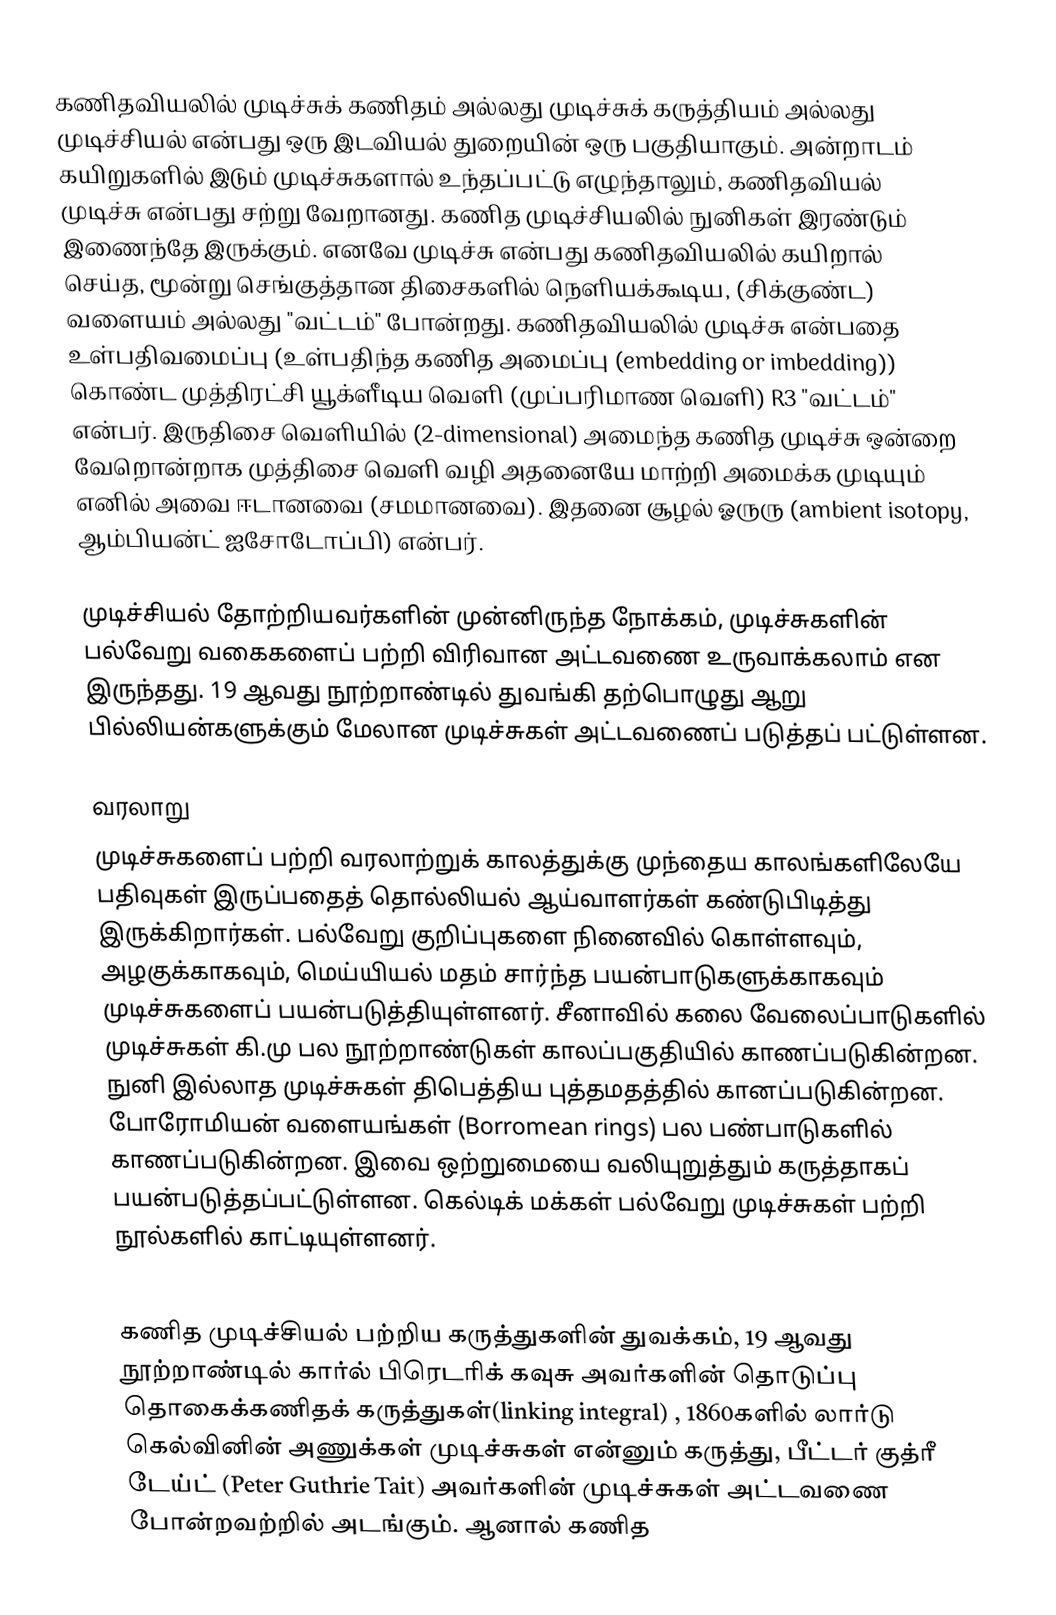
கணிதவியலில் முடிச்சுக் கணிதம் அல்லது முடிச்சுக் கருத்தியம் அல்லது முடிச்சியல் என்பது ஒரு இடவியல் துறையின் ஒரு பகுதியாகும். அன்றாடம் கயிறுகளில் இடும் முடிச்சுகளால் உந்தப்பட்டு எழுந்தாலும், கணிதவியல் முடிச்சு என்பது சற்று வேறானது. கணித முடிச்சியலில் நுனிகள் இரண்டும் இணைந்தே இருக்கும். எனவே முடிச்சு என்பது கணிதவியலில் கயிறால் செய்த, மூன்று செங்குத்தான திசைகளில் நெளியக்கூடிய, (சிக்குண்ட) வளையம் அல்லது "வட்டம்" போன்றது. கணிதவியலில் முடிச்சு என்பதை உள்பதிவமைப்பு (உள்பதிந்த கணித அமைப்பு (embedding or imbedding)) கொண்ட முத்திரட்சி யூக்ளீடிய வெளி (முப்பரிமாண வெளி) R3 "வட்டம்" என்பர். இருதிசை வெளியில் (2-dimensional) அமைந்த கணித முடிச்சு ஒன்றை வேறொன்றாக முத்திசை வெளி வழி அதனையே மாற்றி அமைக்க முடியும் எனில் அவை ஈடானவை (சமமானவை). இதனை சூழல் ஓருரு (ambient isotopy, ஆம்பியன்ட் ஐசோடோப்பி) என்பர்.

முடிச்சியல் தோற்றியவர்களின் முன்னிருந்த நோக்கம், முடிச்சுகளின் பல்வேறு வகைகளைப் பற்றி விரிவான அட்டவணை உருவாக்கலாம் என இருந்தது. 19 ஆவது நூற்றாண்டில் துவங்கி தற்பொழுது ஆறு பில்லியன்களுக்கும் மேலான முடிச்சுகள் அட்டவணைப் படுத்தப் பட்டுள்ளன.

வரலாறு
முடிச்சுகளைப் பற்றி வரலாற்றுக் காலத்துக்கு முந்தைய காலங்களிலேயே பதிவுகள் இருப்பதைத் தொல்லியல் ஆய்வாளர்கள் கண்டுபிடித்து இருக்கிறார்கள். பல்வேறு குறிப்புகளை நினைவில் கொள்ளவும், அழகுக்காகவும், மெய்யியல் மதம் சார்ந்த பயன்பாடுகளுக்காகவும் முடிச்சுகளைப் பயன்படுத்தியுள்ளனர். சீனாவில் கலை வேலைப்பாடுகளில் முடிச்சுகள் கி.மு பல நூற்றாண்டுகள் காலப்பகுதியில் காணப்படுகின்றன. நுனி இல்லாத முடிச்சுகள் திபெத்திய புத்தமதத்தில் கானப்படுகின்றன. போரோமியன் வளையங்கள் (Borromean rings) பல பண்பாடுகளில் காணப்படுகின்றன. இவை ஒற்றுமையை வலியுறுத்தும் கருத்தாகப் பயன்படுத்தப்பட்டுள்ளன. கெல்டிக் மக்கள் பல்வேறு முடிச்சுகள் பற்றி நூல்களில் காட்டியுள்ளனர்.

கணித முடிச்சியல் பற்றிய கருத்துகளின் துவக்கம், 19 ஆவது நூற்றாண்டில் கார்ல் பிரெடரிக் கவுசு அவர்களின் தொடுப்பு தொகைக்கணிதக் கருத்துகள்(linking integral) , 1860களில் லார்டு கெல்வினின் அணுக்கள் முடிச்சுகள் என்னும் கருத்து, பீட்டர் குத்ரீ டேய்ட் (Peter Guthrie Tait) அவர்களின் முடிச்சுகள் அட்டவணை போன்றவற்றில் அடங்கும். ஆனால் கணித